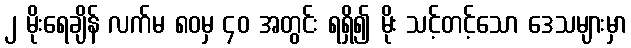
၂ မိုးရေချိန် လက်မ ၈၀မှ ၄၀ အတွင်း ရရှိ၍ မိုး သင့်တင့်သော ဒေသများမှာ